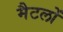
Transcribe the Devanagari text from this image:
मैटलों